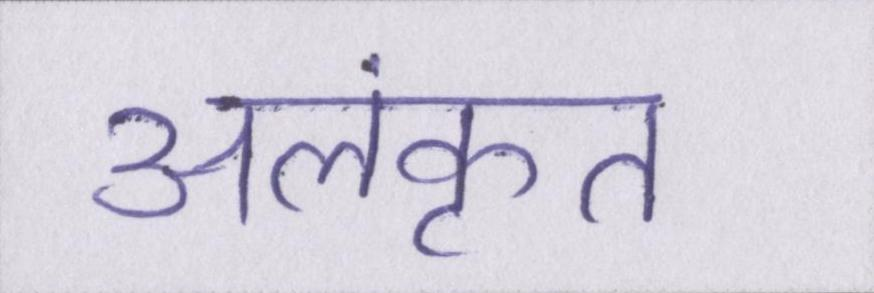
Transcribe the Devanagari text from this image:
अलंकृत